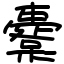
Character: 櫜